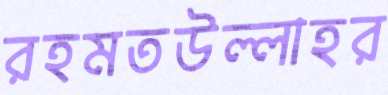
রহমতউল্লাহর